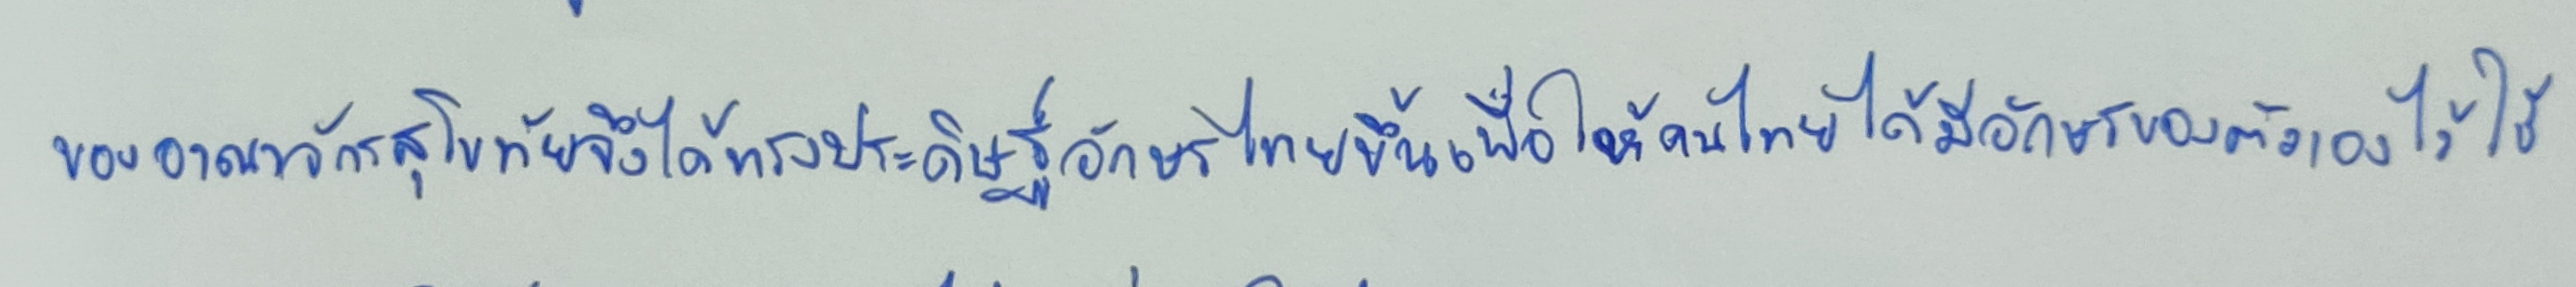
ของอาณาจักรสุโขทัยจึงได้ทรงประดิษฐ์อักษรไทยขึ้นเพื่อให้คนไทยได้มีอักษรของตัวเองไว้ใช้